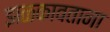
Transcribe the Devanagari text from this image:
झळकावताना